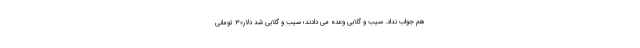
هم جواب نداد. سیب و گلابی وعده می دادند؛ سیب و گلابی شد دلار۳۰ تومانی